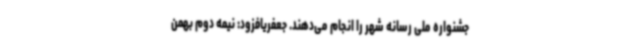
جشنواره ملی رسانه شهر را انجام می‌دهند. جعفریافزود: نیمه دوم بهمن